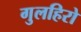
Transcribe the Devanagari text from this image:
गुलहिरो